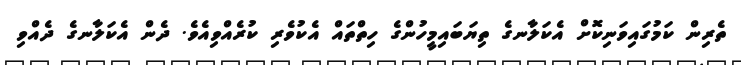
ތެރިން ކަމުގައިވަނިކޮށް އެކަލާނގެ ތިޔަބައިމީހުންގެ ހިތްތައް އެކުވެރި ކުރެއްވިއެވެ. ދެން އެކަލާނގެ ދެއްވި